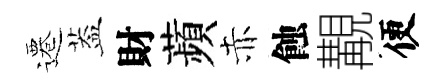
遷葢財蘋赤蝕覯便